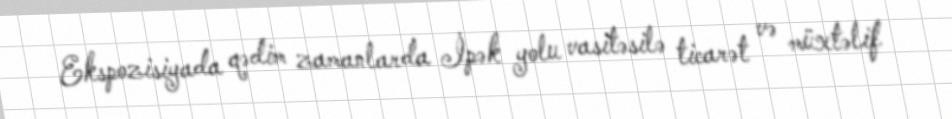
Ekspozisiyada qədim zamanlarda İpək yolu vasitəsilə ticarət və müxtəlif